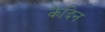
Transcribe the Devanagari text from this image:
केदिन